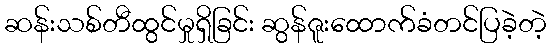
ဆန်းသစ်တီထွင်မှုရှိခြင်း ဆွန်ဇူးထောက်ခံတင်ပြခဲ့တဲ့